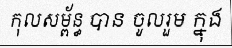
កុលសម្ព័ន្ធ បាន ចូលរួម ក្នុង